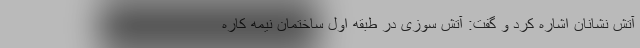
آتش نشانان اشاره کرد و گفت: آتش سوزی در طبقه اول ساختمان نیمه کاره